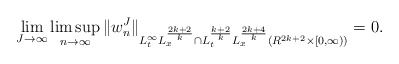
\begin{align*}\lim_{J\to\infty}\limsup_{n\to\infty}\|w^J_{n}\|_{L^{\infty}_tL^{\frac{2k+2}{k}}_x\cap L^{\frac{k+2}{k}}_tL^{\frac{2k+4}{k}}_x(R^{2k+2}\times [0,\infty))}=0.\end{align*}